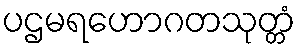
ပဌမရဟောဂတသုတ္တံ